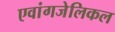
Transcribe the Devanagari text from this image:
एवांगजेलिकल